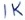
Text: 1K